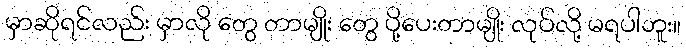
မှာဆိုရင်လည်း မှာလို တွေ တာမျိုး တွေ ပို့ပေးတာမျိုး လုပ်လို့ မရပါဘူး။